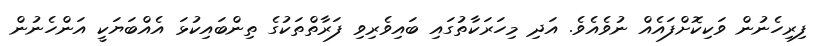
ފިރިހެނުން ވަކިކޮށްފައެއް ނުވެއެވެ. އަދި މިހަރަކާތުގައި ބައިވެރިވި ފަރާތްތަކުގެ ތިންބައިކުޅަ އެއްބަޔަކީ އަންހެނުން